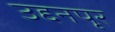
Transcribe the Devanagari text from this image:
उद्दनपृर